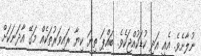
ނުލާށެވެ. އެއީ އަދި ކުޑަކުއްޖަކެވެ. ބައްޕަ ތިޔަ ކިޔާ ރައިވަރުތަކެއް މަގޭ އާދަނަކަށް